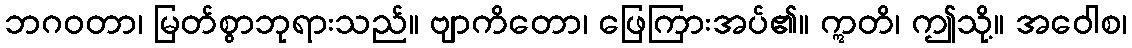
ဘဂဝတာ၊ မြတ်စွာဘုရားသည်။ ဗျာကိတော၊ ဖြေကြားအပ်၏။ ဣတိ၊ ဤသို့။ အဝေါစ၊